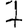
Digit: 7